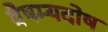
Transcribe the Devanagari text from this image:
वैषम्यदोष